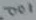
Text: 001